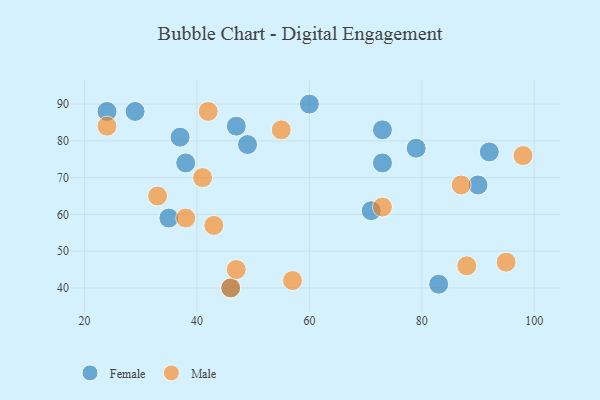
{"axis": {"x": "GDP", "y": "Life Expectancy"}, "legend": ["Female", "Male"], "data": [{"x": "37", "y": 81, "type": "Female"}, {"x": "35", "y": 59, "type": "Female"}, {"x": "79", "y": 78, "type": "Female"}, {"x": "47", "y": 84, "type": "Female"}, {"x": "29", "y": 88, "type": "Female"}, {"x": "83", "y": 41, "type": "Female"}, {"x": "71", "y": 61, "type": "Female"}, {"x": "38", "y": 74, "type": "Female"}, {"x": "92", "y": 77, "type": "Female"}, {"x": "73", "y": 83, "type": "Female"}, {"x": "73", "y": 74, "type": "Female"}, {"x": "46", "y": 40, "type": "Female"}, {"x": "24", "y": 88, "type": "Female"}, {"x": "60", "y": 90, "type": "Female"}, {"x": "90", "y": 68, "type": "Female"}, {"x": "49", "y": 79, "type": "Female"}, {"x": "46", "y": 40, "type": "Male"}, {"x": "55", "y": 83, "type": "Male"}, {"x": "41", "y": 70, "type": "Male"}, {"x": "57", "y": 42, "type": "Male"}, {"x": "38", "y": 59, "type": "Male"}, {"x": "47", "y": 45, "type": "Male"}, {"x": "87", "y": 68, "type": "Male"}, {"x": "88", "y": 46, "type": "Male"}, {"x": "95", "y": 47, "type": "Male"}, {"x": "24", "y": 84, "type": "Male"}, {"x": "98", "y": 76, "type": "Male"}, {"x": "33", "y": 65, "type": "Male"}, {"x": "42", "y": 88, "type": "Male"}, {"x": "73", "y": 62, "type": "Male"}, {"x": "43", "y": 57, "type": "Male"}]}